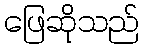
ဖြေဆိုသည်